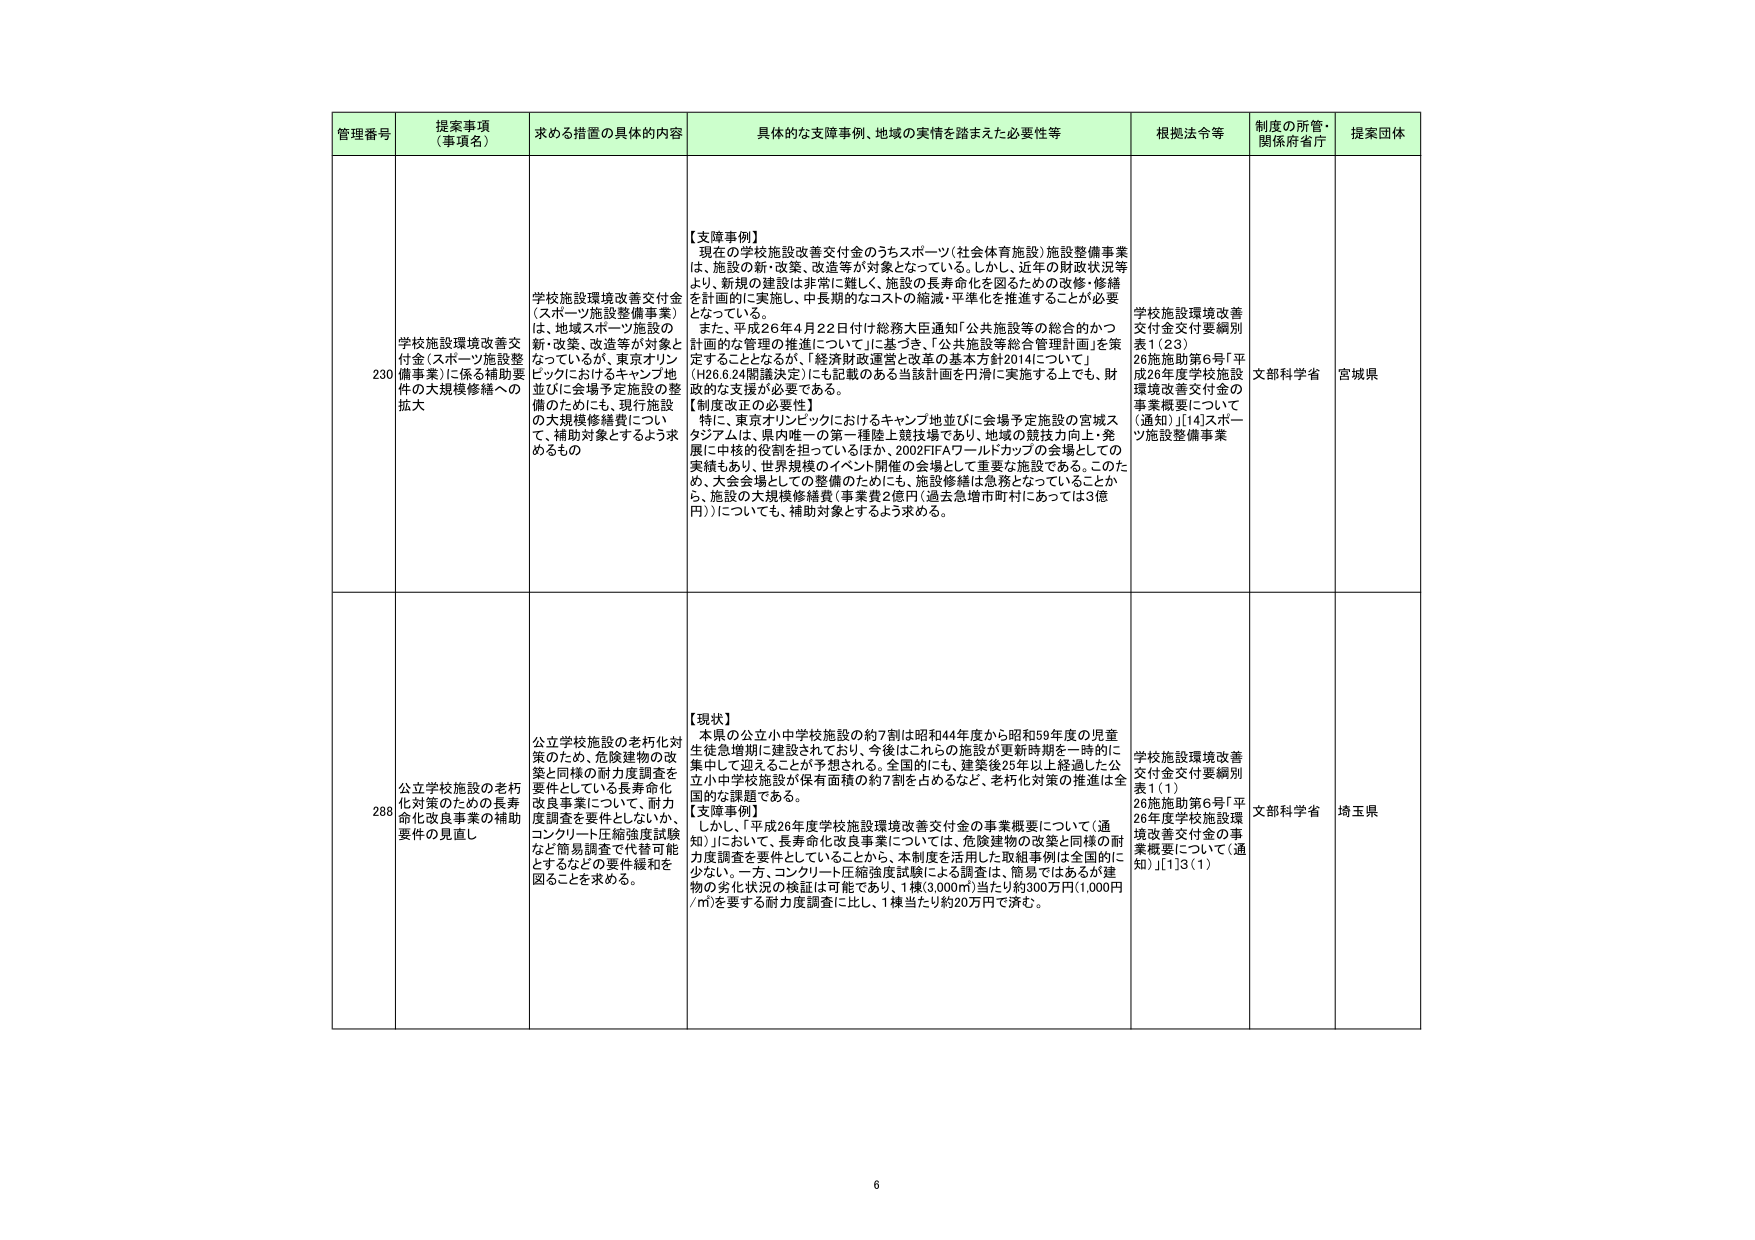
管理番号 提案事項（事項名） 求める措置の具体的内容 具体的な支障事例、地域の実情を踏まえた必要性等 根拠法令等 制度の所管・関係府省庁 提案団体

230 学校施設環境改善交付金（スポーツ施設整備事業）に係る補助要件の大規模修繕への拡大 学校施設環境改善交付金（スポーツ施設整備事業）は、地域スポーツ施設の新・改築、改造等が対象となっているが、東京オリンピックにおけるキャンプ地並びに会場予定施設の整備のためにも、現行施設の大規模修繕費について、補助対象とするよう求めるもの 【支障事例】 現在の学校施設改善交付金のうちスポーツ（社会体育施設）施設整備事業は、施設の新・改築、改造等が対象となっている。しかし、近年の財政状況等より、新規の建設は非常に難しく、施設の長寿命化を図るための改修・修繕を計画的に実施し、中長期的なコストの縮減・平準化を推進することが必要となっている。 また、平成26年4月22日付け総務大臣通知「公共施設等の総合的かつ計画的な管理の推進について」に基づき、「公共施設等総合管理計画」を策定することとなるが、「経済財政運営と改革の基本方針2014について」（H26.6.24閣議決定）にも記載のある当該計画を円滑に実施する上でも、財政的な支援が必要である。 【制度改正の必要性】 特に、東京オリンピックにおけるキャンプ地並びに会場予定施設の宮城スタジアムは、県内唯一の第一種陸上競技場であり、地域の競技力向上・発展に中核的役割を担っているほか、2002FIFAワールドカップの会場としての実績もあり、世界規模のイベント開催の会場として重要な施設である。このため、大会会場としての整備のためにも、施設修繕は急務となっていることから、施設の大規模修繕費（事業費2億円（過去急増市町村にあっては3億円））についても、補助対象とするよう求める。 学校施設環境改善交付金交付要綱別表1（23） 26施施助第6号「平成26年度学校施設環境改善交付金の事業概要について（通知）」[14]スポーツ施設整備事業 文部科学省 宮城県

288 公立学校施設の老朽化対策のための長寿命化改良事業の補助要件の見直し 公立学校施設の老朽化対策のため、危険建物の改築と同様の耐力度調査を要件としている長寿命化改良事業について、耐力度調査を要件としないが、コンクリート圧縮強度試験など簡易調査で代替可能とするなどの要件緩和を図ることを求める。 【現状】 本県の公立小中学校施設の約7割は昭和44年度から昭和59年度の児童生徒急増期に建設されており、今後はこれらの施設が更新時期を一時的に集中して迎えることが予想される。全国的にも、建築後25年以上経過した公立小中学校施設が保有面積の約7割を占めるなど、老朽化対策の推進は全国的な課題である。 【支障事例】 しかし、「平成26年度学校施設環境改善交付金の事業概要について（通知）」において、長寿命化改良事業については、危険建物の改築と同様の耐力度調査を要件としていることから、本制度を活用した取組事例は全国的に少ない。一方、コンクリート圧縮強度試験による調査は、簡易ではあるが建物の劣化状況の検証は可能であり、1棟（3,000㎡）当たり約300万円（1,000円／㎡）を要する耐力度調査に比し、1棟当たり約20万円で済む。 学校施設環境改善交付金交付要綱別表1（1） 26施施助第6号「平26年度学校施設環境改善交付金の事業概要について（通知）」[1]3（1） 文部科学省 埼玉県

6